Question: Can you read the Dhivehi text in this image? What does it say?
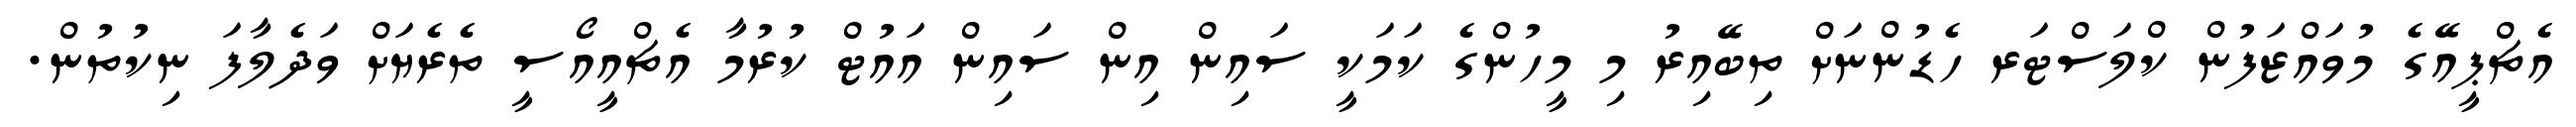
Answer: އެޗްޕީއޭގެ މުވައްޒަފުން ކްލަސްޓަރ ހެޑުންނަށް ތިބޭއިރު މި މީހުންގެ ކަމަކީ ސައިން އިން ސައިން އައުޓް ކުރުމާ އެޗްއީއޯސީ ތެރެޔަށް ވަދެލާފަ ނިކުތުން.